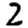
Digit: 2